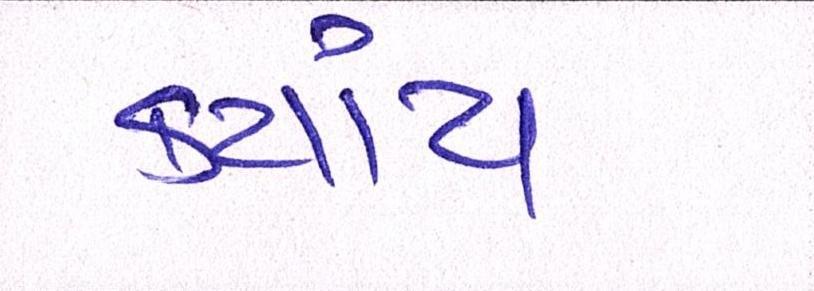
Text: કયાંય